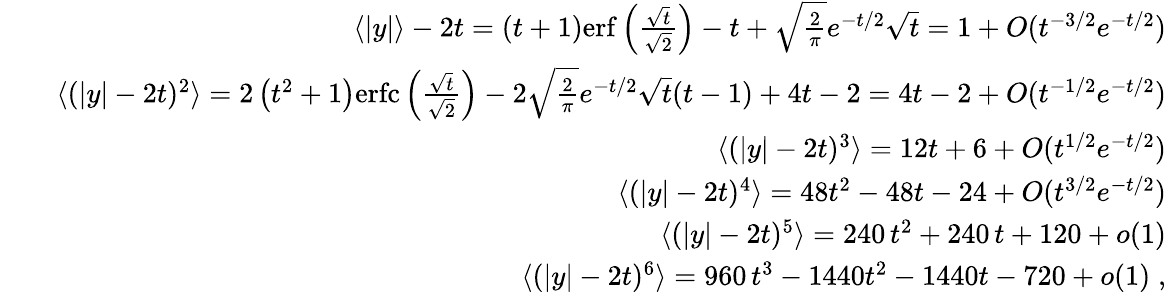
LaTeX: \begin{array}{rlr}&{}&{\langle|y|\rangle-2t=(t+1)\mathrm{erf}\left(\frac{\sqrt{t}}{\sqrt{2}}\right)-t+\sqrt{\frac{2}{\pi}}e^{-t/2}\sqrt{t}=1+O(t^{-3/2}e^{-t/2})}\\ &{}&{\langle(|y|-2t)^{2}\rangle=2\left(t^{2}+1\right)\mathrm{erfc}\left(\frac{\sqrt{t}}{\sqrt{2}}\right)-2\sqrt{\frac{2}{\pi}}e^{-t/2}\sqrt{t}(t-1)+4t-2=4t-2+O(t^{-1/2}e^{-t/2})}\\ &{}&{\langle(|y|-2t)^{3}\rangle=12t+6+O(t^{1/2}e^{-t/2})}\\ &{}&{\langle(|y|-2t)^{4}\rangle=48t^{2}-48t-24+O(t^{3/2}e^{-t/2})}\\ &{}&{\langle(|y|-2t)^{5}\rangle=240\, t^{2}+240\, t+120+o(1)}\\ &{}&{\langle(|y|-2t)^{6}\rangle=960\, t^{3}-1440t^{2}-1440t-720+o(1)\; ,}\end{array}